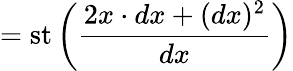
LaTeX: =\operatorname{st}\left({\frac{2x\cdot dx+(dx)^{2}}{dx}}\right)